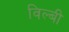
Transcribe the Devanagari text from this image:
विल्बी